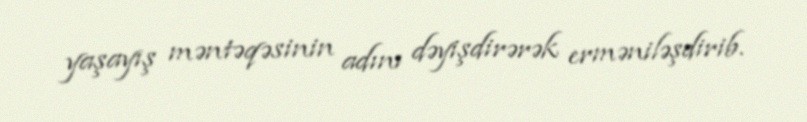
yaşayış məntəqəsinin adını dəyişdirərək erməniləşdirib.